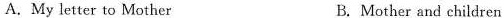
A. My letter to Mother B.Mother and children